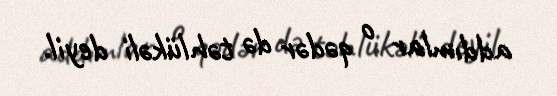
addımlar o qədər də təhlükəli deyil.